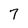
Character: 7